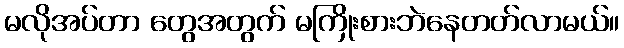
မလိုအပ်တာ တွေအတွက် မကြိုးစားဘဲနေတတ်လာမယ်။